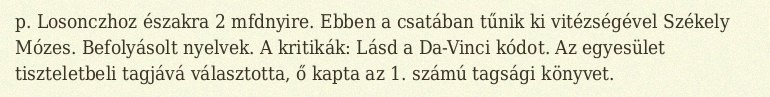
p. Losonczhoz északra 2 mfdnyire. Ebben a csatában tűnik ki vitézségével Székely Mózes. Befolyásolt nyelvek. A kritikák: Lásd a Da-Vinci kódot. Az egyesület tiszteletbeli tagjává választotta, ő kapta az 1. számú tagsági könyvet.